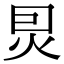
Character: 𤇀